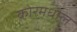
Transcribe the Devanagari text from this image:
कोरमधील